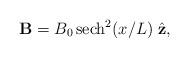
LaTeX: \begin{align*}{\bf B}=B_0\, {\rm sech}^2(x/L)\; {\hat{\bf z}},\end{align*}